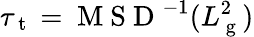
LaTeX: \tau_{\mathrm{~t~}}=\mathrm{~M~S~D~}^{-1}(L_{\mathrm{~g~}}^{2})